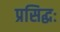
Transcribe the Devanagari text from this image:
प्रसिद्धः